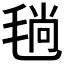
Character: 𣮜